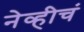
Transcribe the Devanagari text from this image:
नेव्हीचं